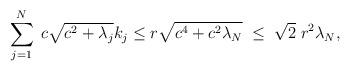
LaTeX: \begin{align*}\sum_{j=1}^N \; c\sqrt{c^2+\lambda_j}k_j &\leq r \sqrt{c^4+c^2\lambda_N} \; \leq \; \sqrt{2} \; r^2 \lambda_N,\end{align*}